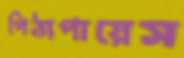
পিঠাপায়েস